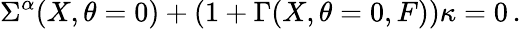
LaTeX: \Sigma^{\alpha}(X,\theta=0)+(1+\Gamma(X,\theta=0,F))\kappa=0\, .